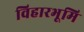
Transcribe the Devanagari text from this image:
विहारभूमि